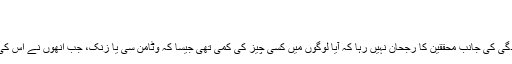
‘
زکام سے آرام
اس کے علاوہ ایک پیچیدگی کی جانب محققین کا رجحان نہیں رہا کہ آیا لوگوں میں کسی چیز کی کمی تھی جیسا کہ وٹامن سی یا زنک، جب انھوں نے اس کی خوراک لینا شروع کی۔